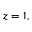
z = 1 ,